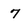
Character: 7